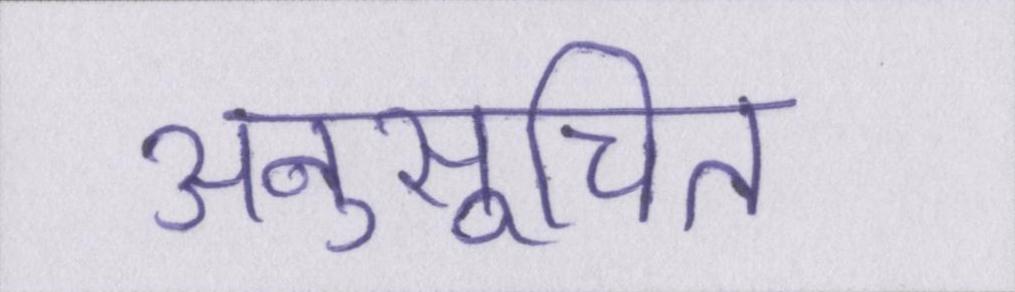
अनुसूचित